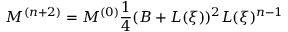
{ \cal M } ^ { ( n + 2 ) } = { \cal M } ^ { ( 0 ) } \frac { 1 } { 4 } ( B + L ( \xi ) ) ^ { 2 } L ( \xi ) ^ { n - 1 }